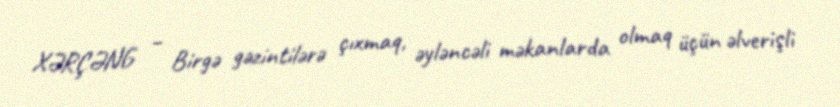
XƏRÇƏNG – Birgə gəzintilərə çıxmaq, əyləncəli məkanlarda olmaq üçün əlverişli